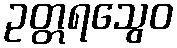
ဥတ္တရသွေဝ